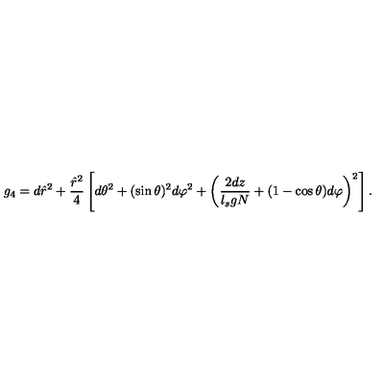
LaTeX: g _ { 4 } = d \hat { r } ^ { 2 } + \frac { \hat { r } ^ { 2 } } { 4 } \left[ d \theta ^ { 2 } + ( \sin \theta ) ^ { 2 } d \varphi ^ { 2 } + \left( \frac { 2 d z } { l _ { s } g N } + ( 1 - \cos \theta ) d \varphi \right) ^ { 2 } \right] .